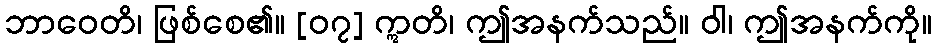
ဘာဝေတိ၊ ဖြစ်စေ၏။ [၀၇] ဣတိ၊ ဤအနက်သည်။ ဝါ၊ ဤအနက်ကို။